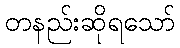
တနည်းဆိုရသော်